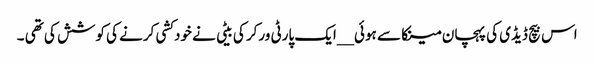
اس بیچ ڈیڈی کی پہچان مینکا سے ہوئی __ایک پارٹی ورکر کی بیٹی نے خودکشی کرنے کی کوشش کی تھی ۔